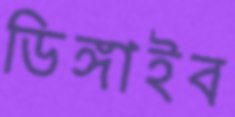
ডিঙ্গাইব